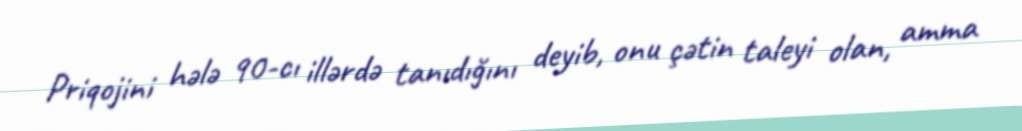
Priqojini hələ 90-cı illərdə tanıdığını deyib, onu çətin taleyi olan, amma